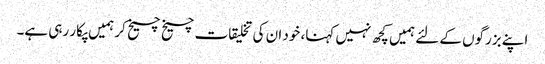
اپنے بزرگوں کے لئے ہمیں کچھ نہیں کہنا، خود ان کی تخلیقات چیخ چیخ کر ہمیں پکار رہی ہے۔